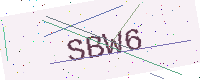
Text: SBW6